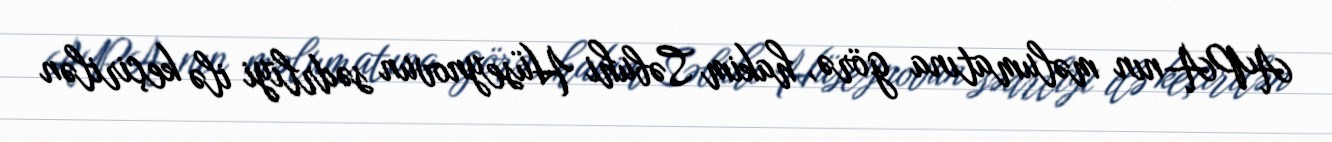
APA-nın məlumatına görə, hakim Səbuhi Hüseynovun sədrliyi ilə keçirilən